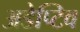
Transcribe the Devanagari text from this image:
अडेप्टिव